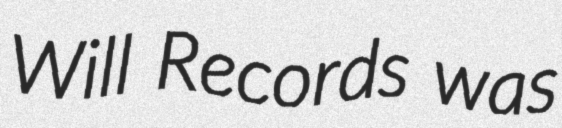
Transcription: Will Records was